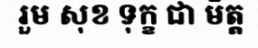
រួម សុខ ទុក្ខ ជា មិត្ត